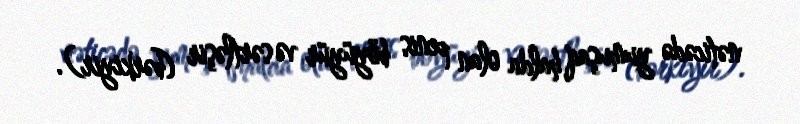
nəticədə yumuşaq halda olan penis böyüyür və sərtləşir (bərkiyir).